Indian journal of veterinary science and animal husbandry - Volume 2,
Year: 1932
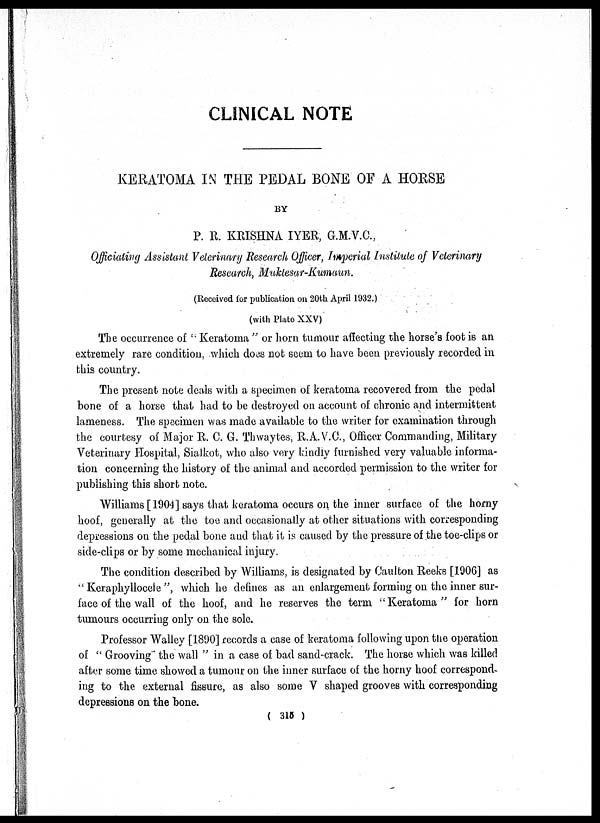
CLINICAL NOTE
KERATOMA IN THE PEDAL BONE OF A HORSE
BY
P. R. KRISHNA IYER, G.M.V.C.,
Officiating Assistant Veterinary Research Officer, Imperial Institute of Veterinary
Research, Muktesar-Kumaun.
(Received for Publication on 20th April 1932.)
(with Plate XXV)
The occurrence of " Keratoma " or horn tumour affecting the horse's foot is an
extremely rare condition, which does not seem to have been previously recorded in
this country.
The present note deals with a specimen of keratoma recovered from the pedal
bone of a horse that had to be destroyed on account of chronic and intermittent
lameness. The specimen was made available to the writer for examination through
the courtesy of Major R. C. G. Thwaytes, R.A.V.C., Officer Commanding, Military
Veterinary Hospital, Sialkot, who also very kindly furnished very valuable informa-
tion concerning the history of the animal and accorded permission to the writer for
publishing this short note.
Williams [ 1904 ] says that keratoma occurs on the inner surface of the horny
hoof, generally at the toe and occasionally at other situations with corresponding
depressions on the pedal bone and that it is caused by the pressure of the toe-clips or
side-clips or by some mechanical injury.
The condition described by Williams, is designated by Caulton Reeks [1906] as
"Keraphyllocele ", which he defines as an enlargement forming on the inner sur-
face of the wall of the hoof, and he reserves the term "Keratoma" for horn
tumours occurring only on the sole.
Professor Walley [1890] records a case of keratoma following upon the operation
of " Grooving" the wall " in a case of bad sand-crack. The horse which was killed
after some time showed a tumour on the inner surface of the horny hoof correspond-
ing to the external fissure, as also some V shaped grooves with corresponding
depressions on the bone.
( 315 )